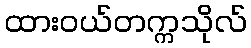
ထားဝယ်တက္ကသိုလ်